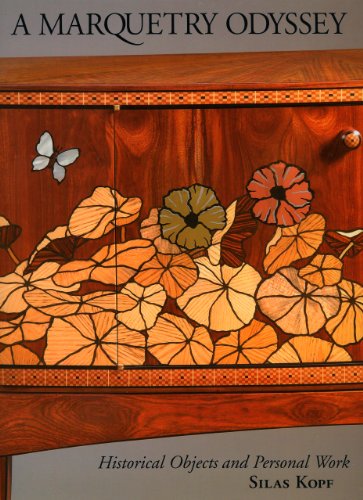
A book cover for A Marquetry Odyssey: Historical Objects and Personal Work, Silas Kopf; Silas Kopf; Arts & Photography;